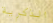
الذكرية